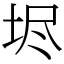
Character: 𡋤